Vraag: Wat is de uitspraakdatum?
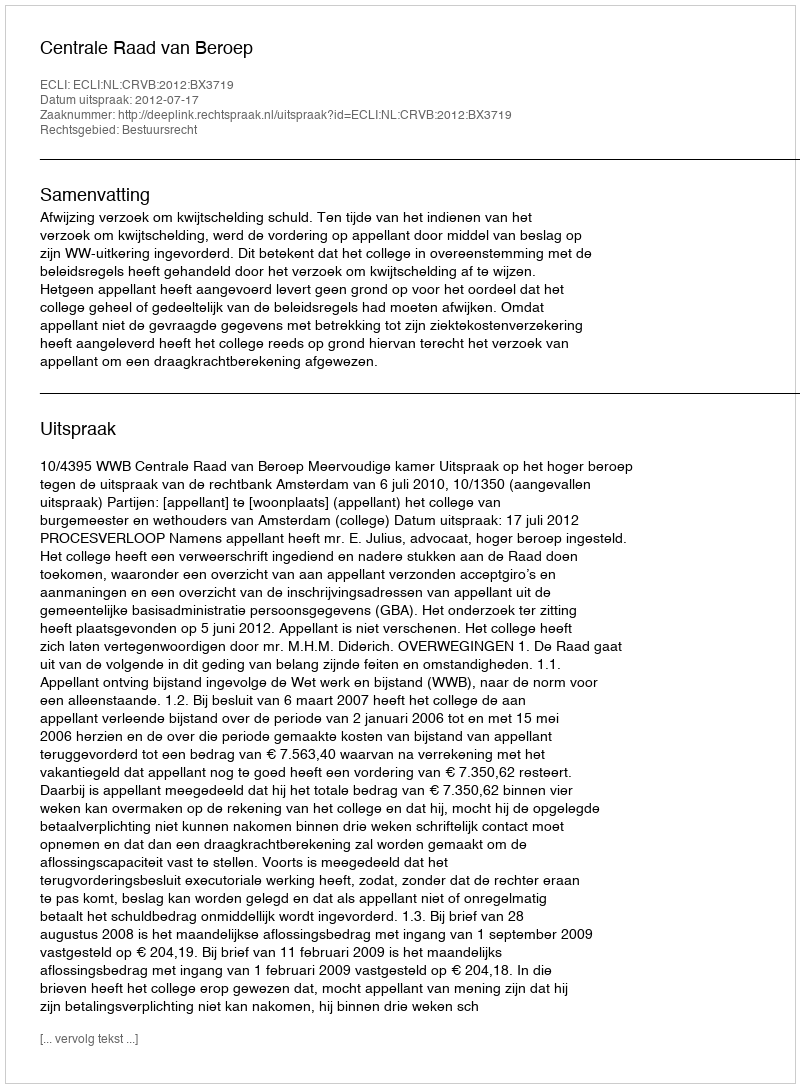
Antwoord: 2012-07-17